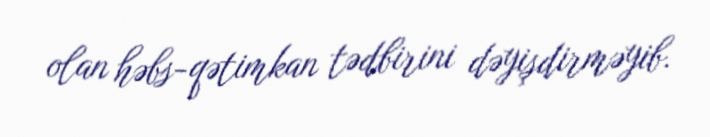
olan həbs-qətimkan tədbirini dəyişdirməyib.